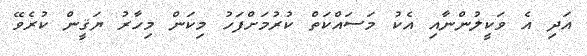
އަދި އެ ވަކީލުންނާއި އެކު މަސައްކަތް ކުރުމަށްފަހު މިކަން މިހާރު ޔަޤީން ކުރެވޭ